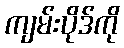
ကျမ်းပိုဒ်ကို